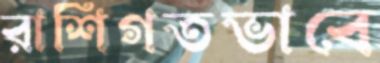
রাশিগতভাবে